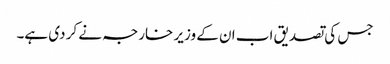
جس کی تصدیق اب ان کے وزیر خارجہ نے کر دی ہے۔